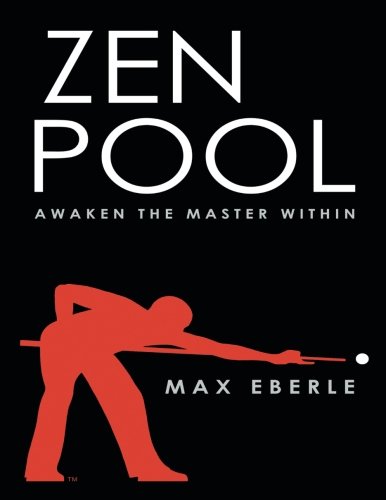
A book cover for Zen Pool: Awaken the Master Within; Eberle Max; Sports & Outdoors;